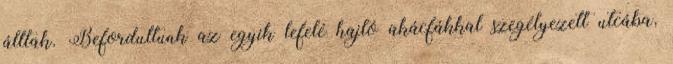
álltak. Befordultunk az egyik lefelé hajló akácfákkal szegélyezett utcába,